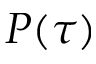
P ( \tau )